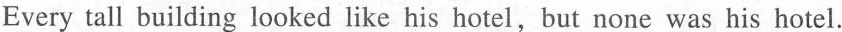
Every tall building looked like his hotel,but none was his hotel.